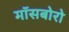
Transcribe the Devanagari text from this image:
मॉसबोरो